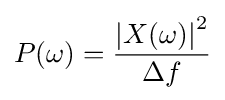
P(\omega )={\frac {\left|X(\omega )\right|^{2}}{\Delta f}}